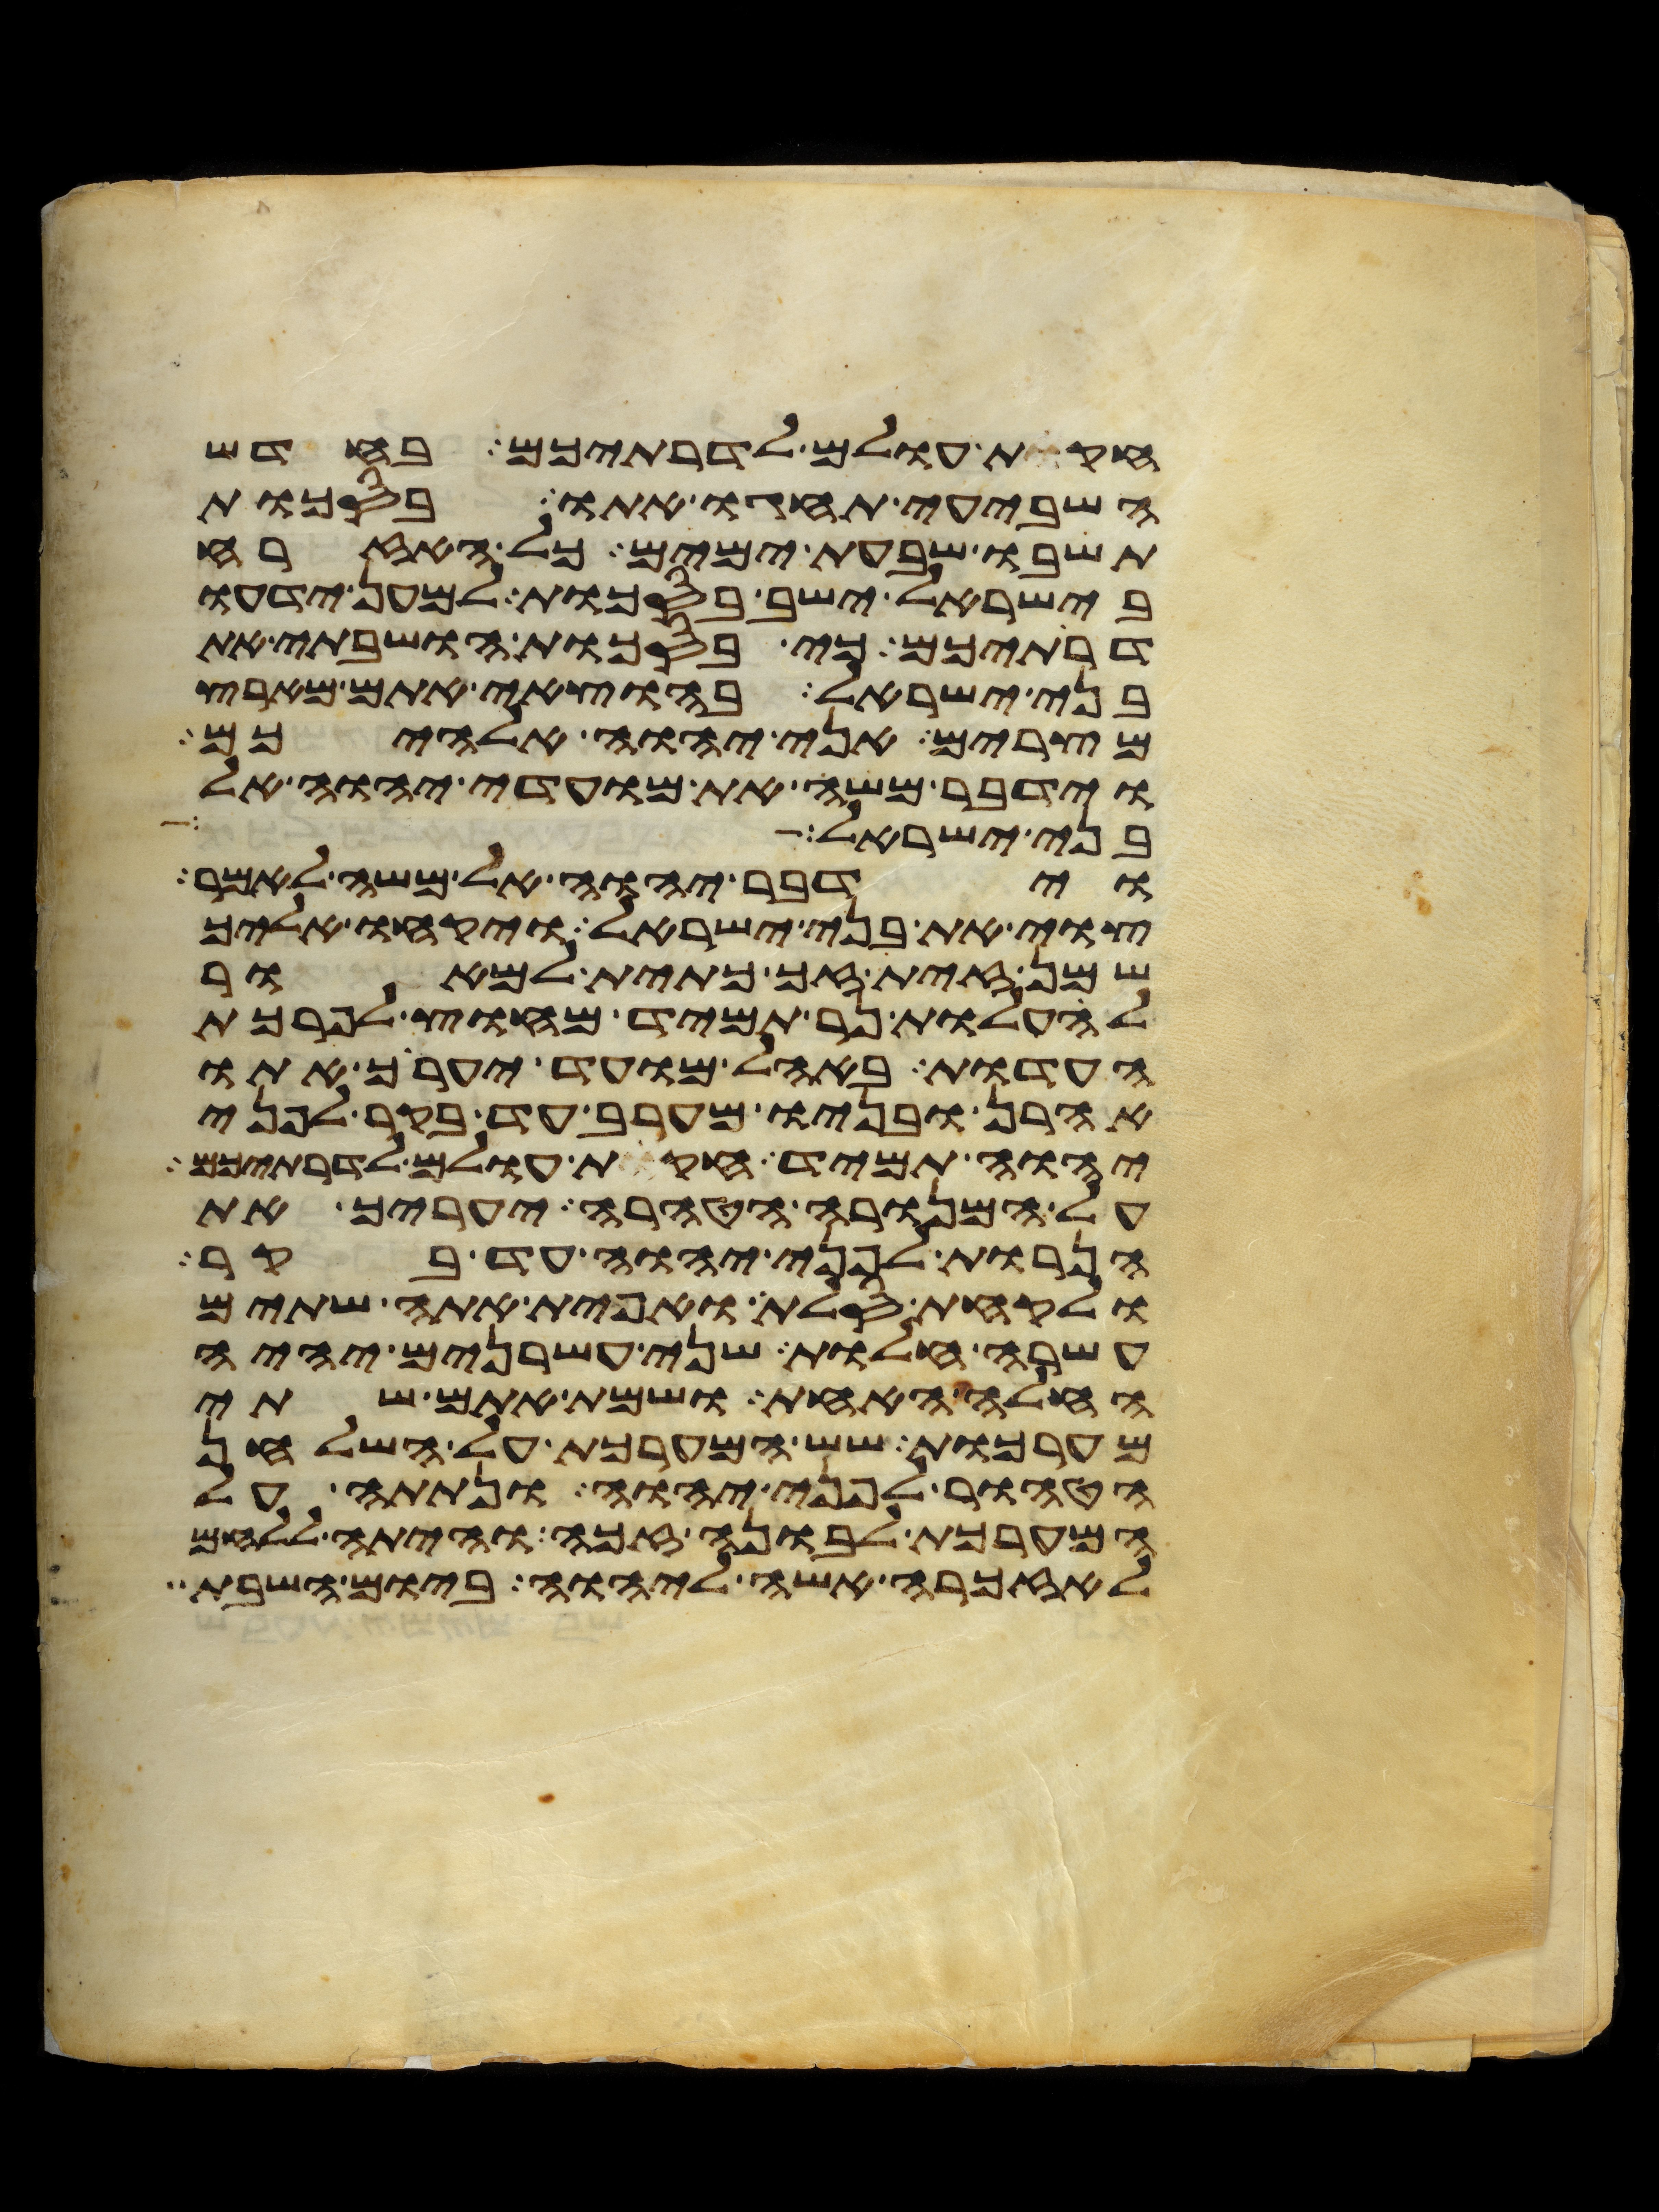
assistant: חקות עולם לדרתיכם בחדש
השביעי תחגו אתו בסכות
תשבו שבעת ימים כל האזרח
בישראל ישב בסכות למען ידעו
דרתיכם כי בסכות הושבתי את
בני ישראל בהוצאי אתם מארץ
מצרים אני יהוה אלהיכם
וידבר משה את מועדי יהוה אל
בני ישראל
וידבר יהוה אל משה לאמר
צוי את בני ישראל ויקחו אליך
שמן זית זך כתית למאור
להעלות נר תמיד מחוץ לפרכת
העדות באהל מועד יערך אתו
אהרן ובניו מערב עד בקר לפני
יהוה תמיד חקות עולם לדרתיכם
על המנורה הטהרה יעריך את
הנרות לפני יהוה עד בקר
ולקחת סלת ואפית אתה שתים
עשרה חלות שני עשרנים יהיה
החלה האחת ושמת אתם שתי
מערכות שש המערכת על השלחן
הטהור לפני יהוה ונתתה על
המערכת לבונה זכה והיתה ללחם
לאזכרה אשה ליהוה ביום השבת